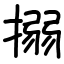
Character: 搦